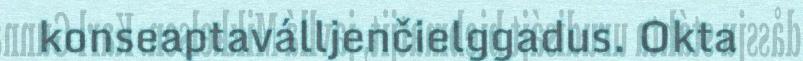
konseaptaválljenčielggadus. Okta